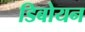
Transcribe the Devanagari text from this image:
डिबोयन